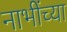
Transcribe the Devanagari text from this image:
नाभींच्या